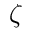
\zeta